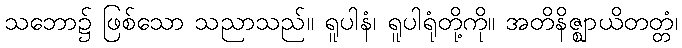
သဘော၌ ဖြစ်သော သညာသည်။ ရူပါနံ၊ ရူပါရုံတို့ကို။ အတိနိဇ္ဈာယိတတ္တံ၊